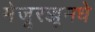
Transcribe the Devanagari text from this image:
मेजूरज्जूमधे